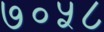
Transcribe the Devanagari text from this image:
७०५८